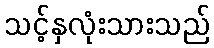
သင့်နှလုံးသားသည်